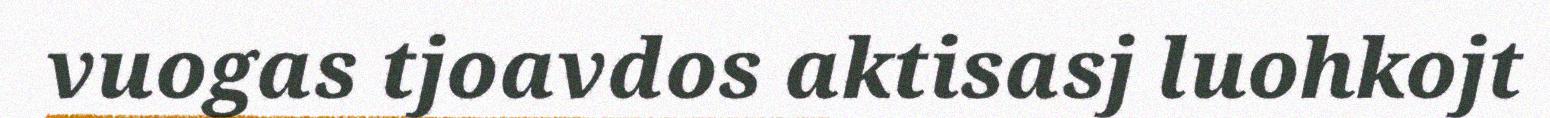
vuogas tjoavdos aktisasj luohkojt